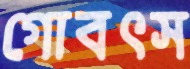
গোবৎস